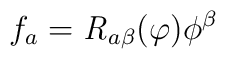
f_a = {\it R}_{a \beta }(\varphi ) \phi^\beta